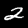
Label: 2